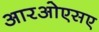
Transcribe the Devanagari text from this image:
आरओएसए